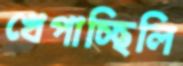
খেপাচ্ছিলি